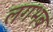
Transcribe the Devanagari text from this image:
लगभब